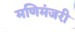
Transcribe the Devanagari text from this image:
मणिमंजरी